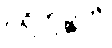
ပရိဘုဉ္ဇတိ